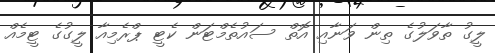
ލީގު ތާވަލުގެ ތިން ވަނާއި އޮތް ސައުތެމްޓަން ކެޓީ ޕްރެމިއާ ލީގުގެ ޓީމެއް